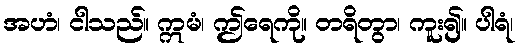
အဟံ၊ ငါသည်။ ဣမံ၊ ဤရေကို။ တရိတွာ၊ ကူး၍။ ပါရံ၊